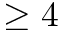
\geq 4